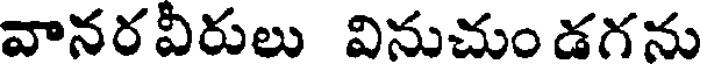
వానరవీరులు వినుచుం డగను